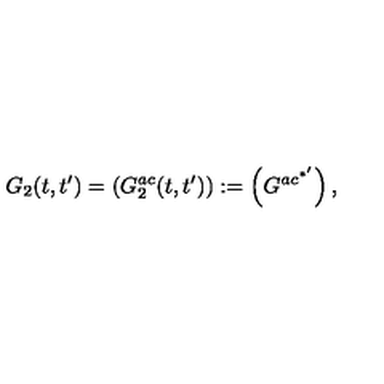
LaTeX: G _ { 2 } ( t , t ^ { \prime } ) = \left( G _ { 2 } ^ { a c } ( t , t ^ { \prime } ) \right) : = \left( G ^ { a c ^ { * ^ { \prime } } } \right) ,